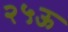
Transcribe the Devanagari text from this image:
२५ऊ